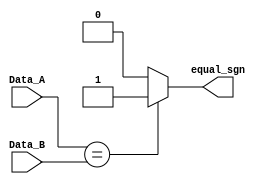
module Comparator_Equal

//It needs to be adjustable because it's used in two modules,
//but this parameter is not a function of the width of the format
	# (parameter S = 1) 
	(
	input wire [S-1:0] Data_A,
	input wire [S-1:0] Data_B,
	output wire equal_sgn
    );

assign equal_sgn = (Data_A == Data_B) ? 1'b1 : 1'b0;
//The result is 1 if the signs are equal otherwise is 0.

endmodule